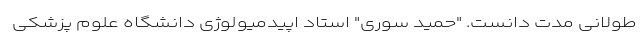
طولانی مدت دانست. "حمید سوری" استاد اپیدمیولوژی دانشگاه علوم پزشکی